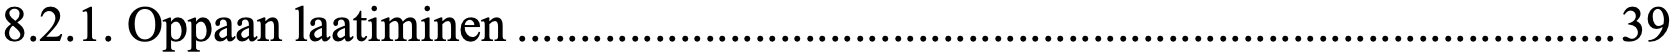
8.2.1. Oppaan laatiminen ........................................................................................ 39